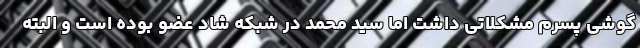
گوشی پسرم مشکلاتی داشت اما سید محمد در شبکه شاد عضو بوده است و البته